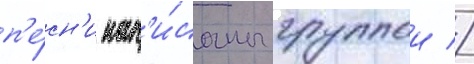
п'е́сн'и нап'и́саны группои //